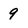
Character: 9